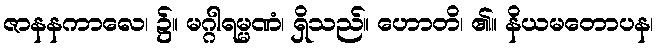
ဇာနနကာလေ၊ ၌။ မဂ္ဂါရမ္မဏံ၊ ရှိသည်။ ဟောတိ၊ ၏။ နိယမတောပန၊